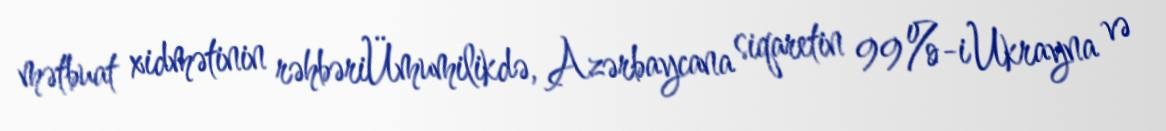
mətbuat xidmətinin rəhbəriÜmumilikdə, Azərbaycana siqaretin 99%-i Ukrayna və